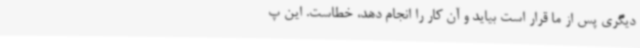
دیگری پس از ما قرار است بیاید و آن کار را انجام دهد، خطاست. این پ